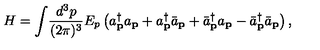
H = \int \! \frac { d ^ { 3 } p } { ( 2 \pi ) ^ { 3 } } E _ { p } \left( a _ { \bf p } ^ { \dag } a _ { \bf p } + a _ { \bf p } ^ { \dag } { \bar { a } } _ { \bf p } + { \bar { a } } _ { \bf p } ^ { \dag } a _ { \bf p } - { \bar { a } } _ { \bf p } ^ { \dag } { \bar { a } } _ { \bf p } \right) ,